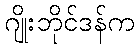
ဂျိုးဘိုင်ဒန်က